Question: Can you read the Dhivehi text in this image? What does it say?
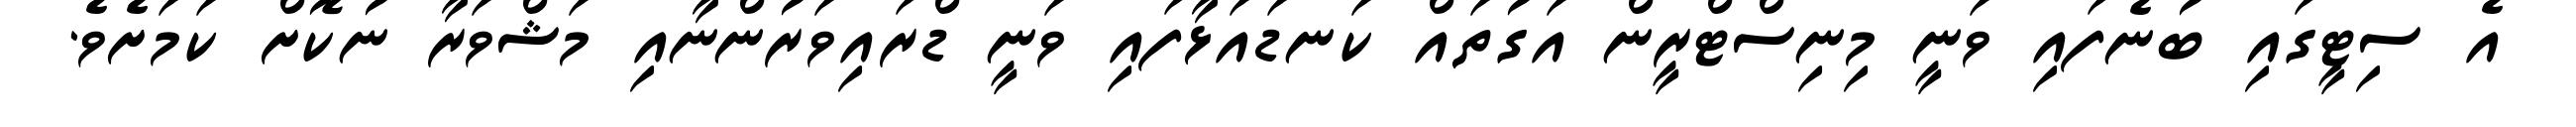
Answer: އެ ސިޓީގައި ބުނެފައި ވަނީ މިނިސްޓްރީން އަގުތައް ކަނޑައަޅާފައި ވަނީ ޑްރައިވަރުންނާއި މަޝްވަރާ ނުކޮށް ކަމަށެވެ.